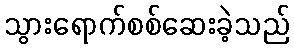
သွားရောက်စစ်ဆေးခဲ့သည်